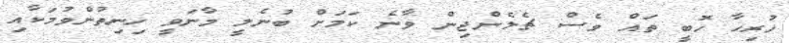
ހުރިހާ ހޮބީ ތައް ވެސް ޗެލެންޖިން ވާނެ ކަމަށް ބުނެލީ މާނަވީ ހިނިތުންވުމަކާއި